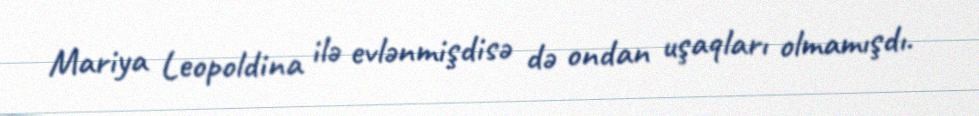
Mariya Leopoldina ilə evlənmişdisə də ondan uşaqları olmamışdı.